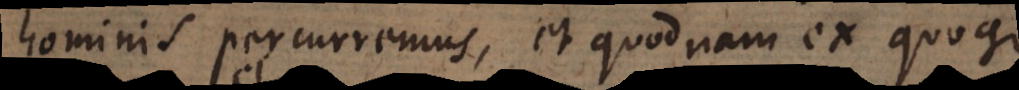
hominis percurremus, et quodnam ex quoque